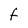
Character: F